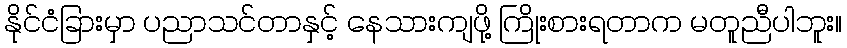
နိုင်ငံခြားမှာ ပညာသင်တာနှင့် နေသားကျဖို့ ကြိုးစားရတာက မတူညီပါဘူး။